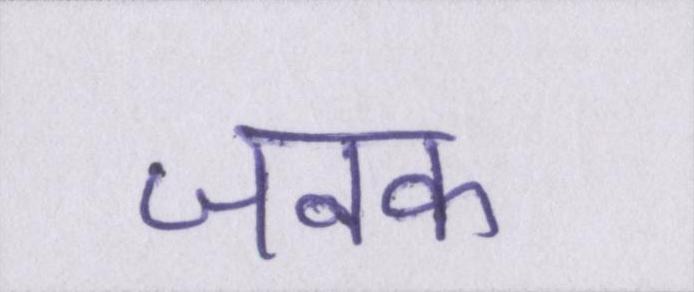
जनक